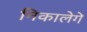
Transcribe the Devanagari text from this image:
निकालेगें